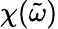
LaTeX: \chi(\tilde{\omega})